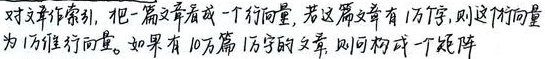
对文章作索引，把一篇文章看成一个行向量，若这篇文章有1万字，则这行向量为1万维行向量。如果有10万篇1万字的文章，则可构成一个矩阵。